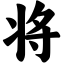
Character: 将